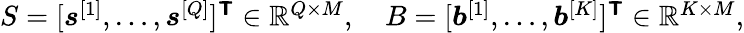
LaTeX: \begin{array}{r}{S=[\boldsymbol{s}^{[1]},\ldots,\boldsymbol{s}^{[Q]}]^{\boldsymbol{\mathsf{T}}}\in\mathbb{R}^{Q\times M},\quad B=[\boldsymbol{b}^{[1]},\ldots,\boldsymbol{b}^{[K]}]^{\boldsymbol{\mathsf{T}}}\in\mathbb{R}^{K\times M},}\end{array}